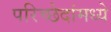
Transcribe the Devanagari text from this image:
परिच्छेदांमध्ये